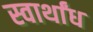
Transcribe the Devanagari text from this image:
स्वार्थांध